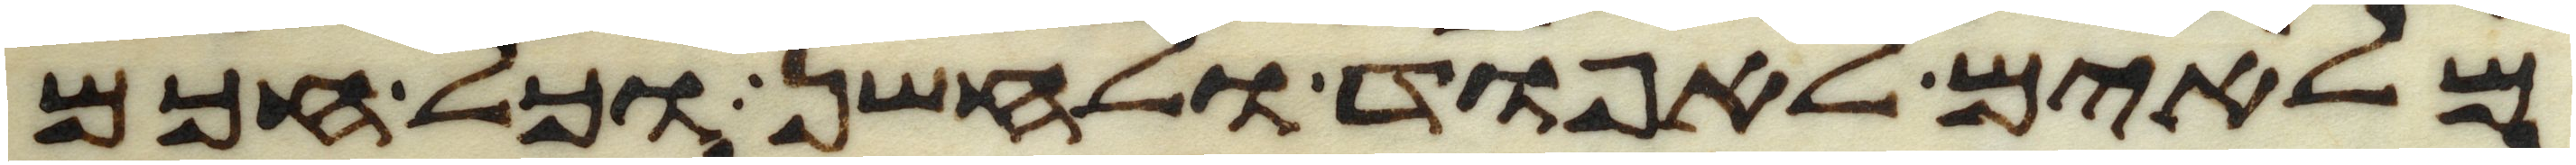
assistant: מלאים לאפוד ולחשן וכל חכם